Vaccination in Bombay 1913-1923 - 1913-1923
Year: 1913
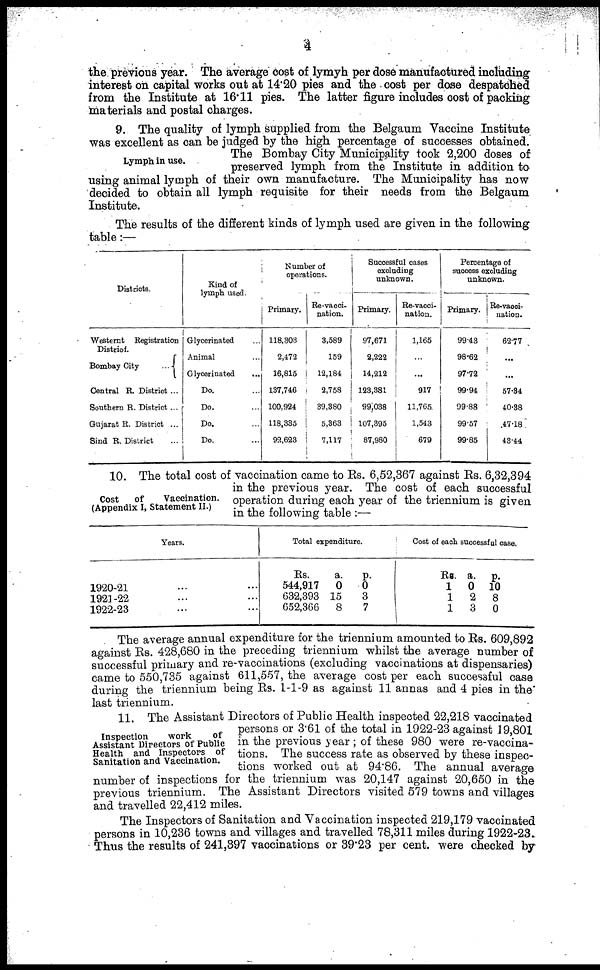
4
the previous year. The average cost of lymyh per dose manufactured including
interest on capital works out at 14.20 pies and the cost per dose despatched
from the Institute at 16.11 pies. The latter figure includes cost of packing
materials and postal charges.
Lymph in use.
9. The quality of lymph supplied from the Belgaum Vaccine Institute
was excellent as can be judged by the high percentage of successes obtained.
The Bombay City Municipality took 2,200 doses of
preserved lymph from the Institute in addition to
using animal lymph of their own manufacture. The Municipality has now
decided to obtain all lymph requisite for their needs from the Belgaum
Institute.
The results of the different kinds of lymph used are given in the following
table :—
Districts.
Westernt Registration
District.
Bombay City
...
Central R. District ...
Southern R. District ...
Gujarat R. District ...
Sind R. District ...
Kind of
lymph used.
Glycerinated
Animal ...
Glycerinated ...
Do. ...
Do. ...
Do. ...
Do. ...
Number of
operations.
Primary.
118,303
2,472
16,815
137,746
100,924
118,335
92,623
Re-vacci¬
nation.
3,589
159
12,184
2,758
39,380
5,363
7,117
Successful cases
excluding
unknown.
Primary.
97,671
2,222
14,212
123,381
99,038
107,395
87,980
Re-vacci-
nation.
1,165
...
...
917
11,765.
1,543
679
Percentage of
success excluding
unknown.
Primary.
99.43
98.62
97.72
99.94
99.88
99.57
99.85
Re-vacci¬
nation.
62.77
...
...
57.34
40.38
47.18
43.44
Cost
of
Vaccination.
(Appendix I, Statement II.)
10. The total cost of vaccination came to Rs. 6,52,367 against Rs. 6,32,394
in the previous year. The cost of each successful
operation during each year of the triennium is given
in the following table :—
Years.
1920-21 ... ...
1921-22 ... ...
1922-23 ... ...
Total expenditure.
Rs.
544,917
632,393
652,366
a.
0
15
8
p.
0
3
7
Cost of each successful case.
Rs.
1
1
1
a.
0
2
3
p.
10
8
0
The average annual expenditure for the triennium amounted to Rs. 609,892
against Rs. 428,680 in the preceding triennium whilst the average number of
successful primary and re-vaccinations (excluding vaccinations at dispensaries)
came to 550,735 against 611,557, the average cost per each successful case
during the triennium being Rs. 1-1-9 as against 11 annas and 4 pies in the
last triennium.
Inspection
work
of
Assistant Directors of Public
Health and Inspectors of
Sanitation and Vaccination.
11. The Assistant Directors of Public Health inspected 22,218 vaccinated
persons or 3.61 of the total in 1922-23 against 19,801
in the previous year; of these 980 were re-vaccina-
tions. The success rate as observed by these inspec-
tions worked out at 94.86. The annual average
number of inspections for the triennium was 20,147 against 20,650 in the
previous triennium. The Assistant Directors visited 579 towns and villages
and travelled 22,412 miles.
The Inspectors of Sanitation and Vaccination inspected 219,179 vaccinated
persons in 10,236 towns and villages and travelled 78,311 miles during 1922-23.
Thus the results of 241,397 vaccinations or 39.23 per cent. were checked by